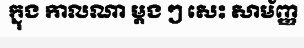
ក្នុង កាលណា ម្តង ៗ សេះ សាម័ញ្ញ